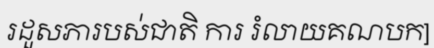
រដួសភារបស់ជាតិ ការ រំលាយគណបក]